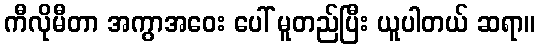
ကီလိုမီတာ အကွာအဝေး ပေါ် မူတည်ပြီး ယူပါတယ် ဆရာ။